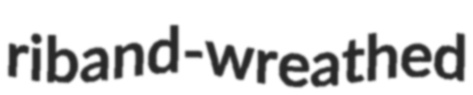
riband-wreathed